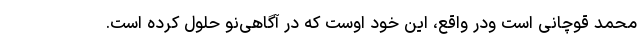
محمد قوچانی است ودر واقع، این خود اوست که در آگاهی‌نو حلول کرده است.